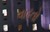
વાઢતો